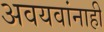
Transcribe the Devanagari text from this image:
अवयवांनाही